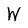
Character: W